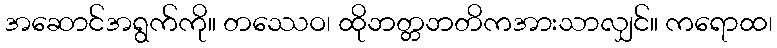
အဆောင်အရွက်ကို။ တဿေဝ၊ ထိုဘတ္တဘတိကအားသာလျှင်။ ကရောထ၊